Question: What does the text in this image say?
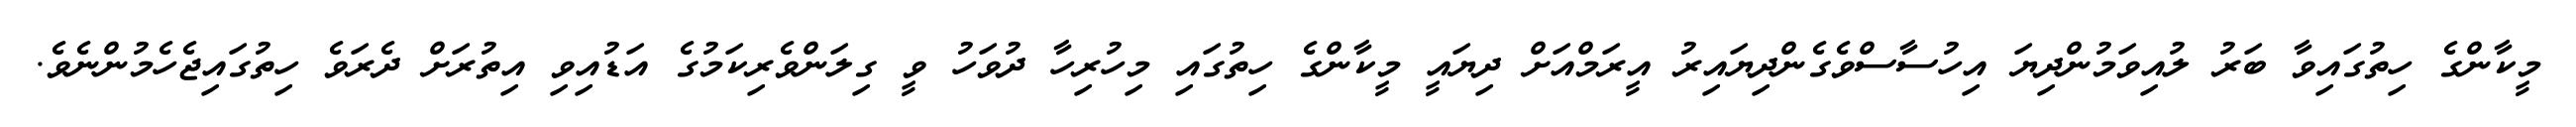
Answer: މީކާންގެ ހިތުގައިވާ ބަރު ލުއިވަމުންދިޔަ އިހުސާސްވެގެންދިޔައިރު އީރަމްއަށް ދިޔައީ މީކާންގެ ހިތުގައި މިހުރިހާ ދުވަހު ވީ ގިލަންވެރިކަމުގެ އަޑުއިވި އިތުރަށް ދެރަވެ ހިތުގައިޖެހެމުންނެވެ.